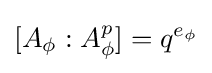
[A_{\phi }:A_{\phi }^{p}]=q^{e_{\phi }}